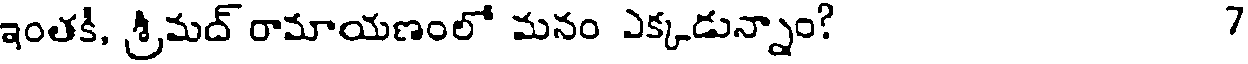
ఇంతకీ, శ్రీమద్ రామాయణంలో మనం ఎక్కడున్నాం? 7